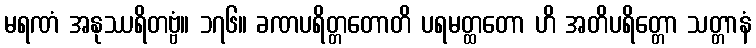
မရဏံ အနုဿရိတဗ္ဗံ။ ၁၇၆။ ခဏပရိတ္တတောတိ ပရမတ္ထတော ဟိ အတိပရိတ္တော သတ္တာနံ